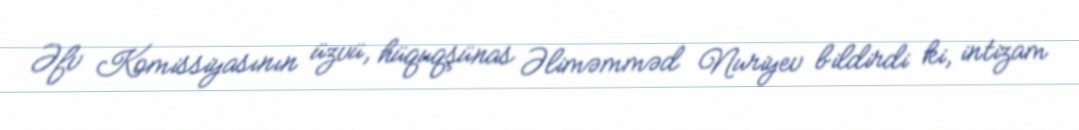
Əfv Komissiyasının üzvü, hüquqşünas Əliməmməd Nuriyev bildirdi ki, intizam